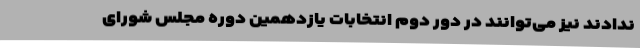
ندادند نیز می‌توانند در دور دوم انتخابات یازدهمین دوره مجلس شورای